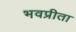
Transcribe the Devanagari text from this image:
भवप्रीता